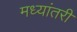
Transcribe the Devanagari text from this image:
मध्यांतरी